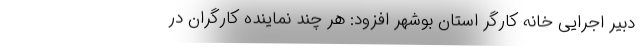
دبیر اجرایی خانه کارگر استان بوشهر افزود: هر چند نماینده کارگران در